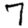
Digit: 7